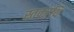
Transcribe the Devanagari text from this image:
स्तवग्रंथि